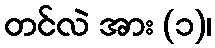
တင်လဲ အား (၁)၊